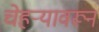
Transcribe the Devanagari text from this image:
चेहऱ्यावरून